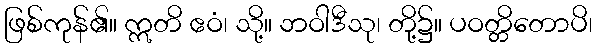
ဖြစ်ကုန်၏။ ဣတိ ဧဝံ၊ သို့။ ဘဝါဒီသု၊ တို့၌။ ပဝတ္တိတောပိ၊